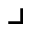
\lrcorner